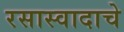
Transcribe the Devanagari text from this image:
रसास्वादाचे